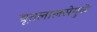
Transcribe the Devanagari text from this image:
द्यूतलालसेमुळे